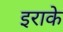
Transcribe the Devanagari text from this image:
इराके